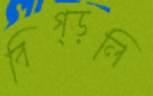
বিগ্‌ড়লি